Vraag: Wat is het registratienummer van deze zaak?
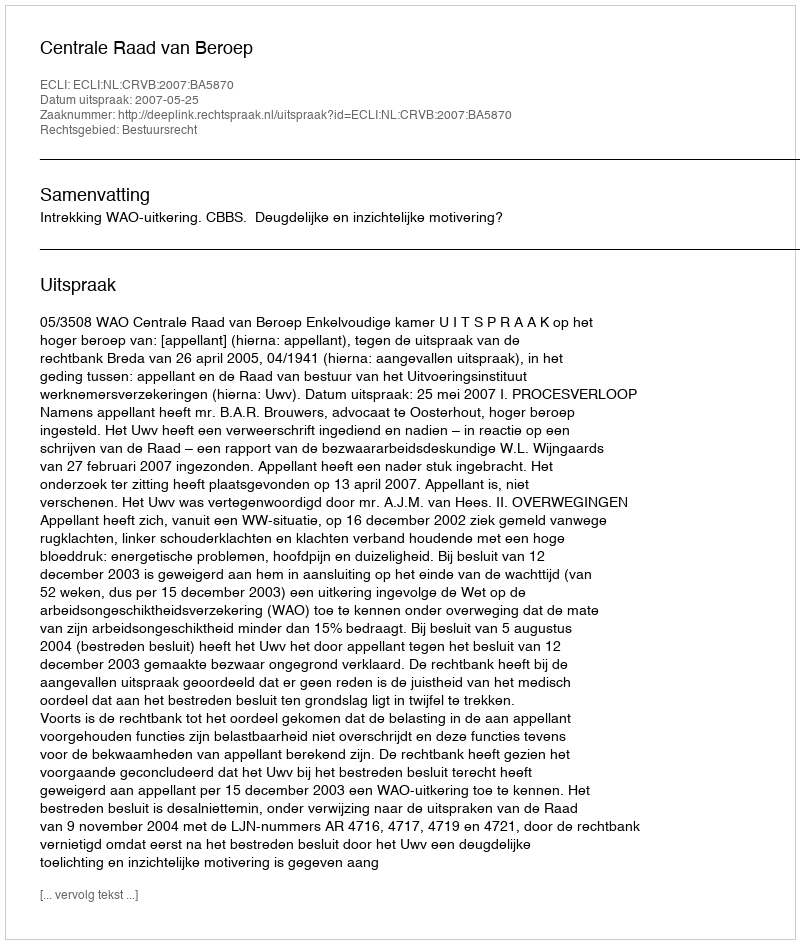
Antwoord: http://deeplink.rechtspraak.nl/uitspraak?id=ECLI:NL:CRVB:2007:BA5870